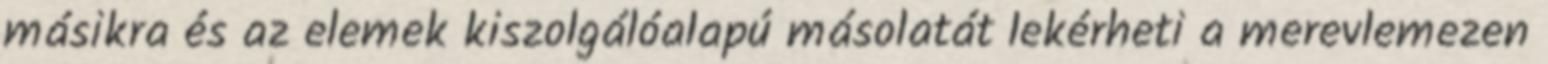
másikra és az elemek kiszolgálóalapú másolatát lekérheti a merevlemezen